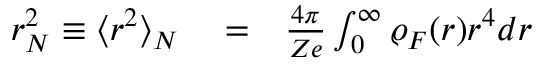
\begin{array} { r l r } { r _ { N } ^ { 2 } \equiv \langle r ^ { 2 } \rangle _ { N } } & { { } = } & { \frac { 4 \pi } { Z e } \int _ { 0 } ^ { \infty } \varrho _ { F } ( r ) r ^ { 4 } d r } \end{array}